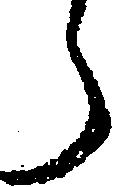
ら